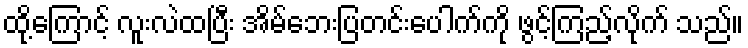
ထို့ကြောင့် လူးလဲထပြီး အိမ်ဘေးပြတင်းပေါက်ကို ဖွင့်ကြည့်လိုက် သည်။